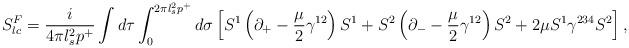
LaTeX: \begin{align*}S^F_{lc} = \frac{i}{4 \pi l_s^2 p^+} \int d \tau \int_{0}^{2 \pi l_s^2 p^+} d \sigma\left[ S^1 \left( \partial_+ - \frac{\mu}{2} \gamma^{12} \right) S^1 + S^2 \left( \partial_- - \frac{\mu}{2} \gamma^{12} \right) S^2 + 2 \mu S^1 \gamma^{234} S^2 \right],\end{align*}